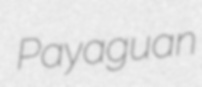
Payaguan